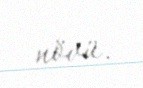
növü.